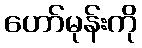
ဟော်မုန်းကို